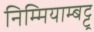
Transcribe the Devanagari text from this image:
निम्मियाम्बट्टू